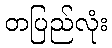
တပြည်လုံး